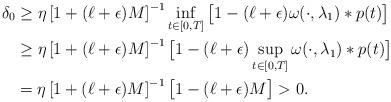
LaTeX: \begin{align*}\delta_0 & \ge \eta \left[1+(\ell+\epsilon)M\right]^{-1}\inf_{t\in [0,T]}\big[1-(\ell+\epsilon)\omega(\cdot,\lambda_1)*p(t)\big]\\& \ge \eta\left[1+(\ell+\epsilon)M\right]^{-1}\big[1-(\ell+\epsilon)\sup_{t\in [0,T]}\omega(\cdot,\lambda_1)*p(t)\big]\\& = \eta \left[1+(\ell+\epsilon)M\right]^{-1}\big[1-(\ell+\epsilon)M\big]>0.\end{align*}